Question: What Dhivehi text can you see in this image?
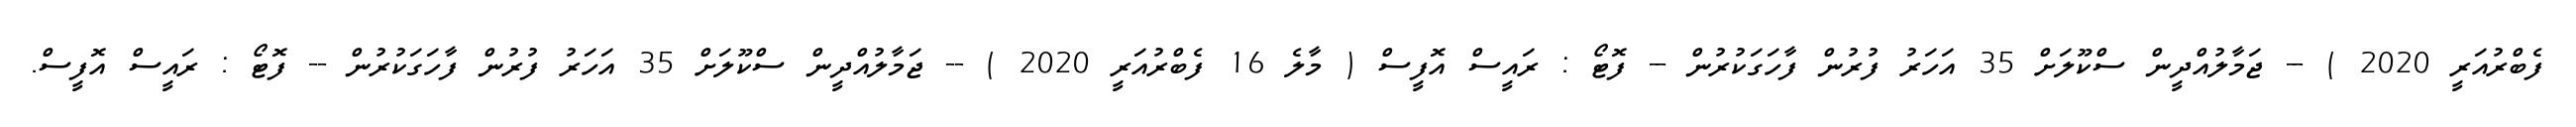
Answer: ފެބްރުއަރީ 2020 ) -- ޖަމާލުއްދީން ސްކޫލަށް 35 އަހަރު ފުރުން ފާހަގަކުރުން -- ފޮޓޯ : ރައީސް އޮފީސް ( މާލެ 16 ފެބްރުއަރީ 2020 ) -- ޖަމާލުއްދީން ސްކޫލަށް 35 އަހަރު ފުރުން ފާހަގަކުރުން -- ފޮޓޯ : ރައީސް އޮފީސް.